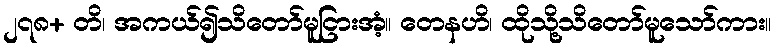
၂၇၈+ တိ၊ အကယ်၍သိတော်မူငြားအံ့။ တေနဟိ၊ ထိုသို့သိတော်မူသော်ကား။